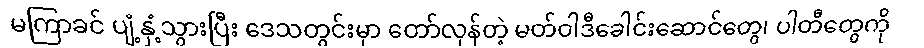
မကြာခင် ပျံ့နှံ့သွားပြီး ဒေသတွင်းမှာ တော်လှန်တဲ့ မတ်ဝါဒီခေါင်းဆောင်တွေ၊ ပါတီတွေကို